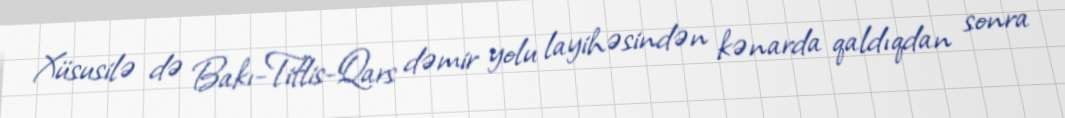
Xüsusilə də Bakı-Tiflis-Qars dəmir yolu layihəsindən kənarda qaldıqdan sonra